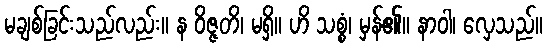
မချစ်ခြင်းသည်လည်း။ န ဝိဇ္ဇတိ၊ မရှိ။ ဟိ သစ္စံ၊ မှန်၏။ နာဝါ၊ လှေသည်။